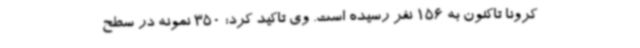
کرونا تاکنون به 156 نفر رسیده است. وی تاکید کرد: 350 نمونه در سطح